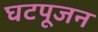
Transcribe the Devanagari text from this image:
घटपूजन